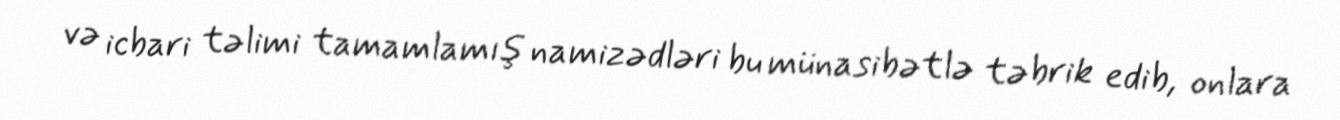
və icbari təlimi tamamlamış namizədləri bu münasibətlə təbrik edib, onlara